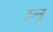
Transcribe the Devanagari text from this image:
हल्लू